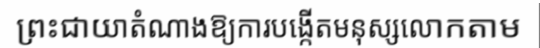
ព្រះជាយាតំណាងឱ្យការបង្កើតមនុស្សលោកតាម